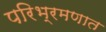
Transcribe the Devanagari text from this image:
परिभ्रमणात